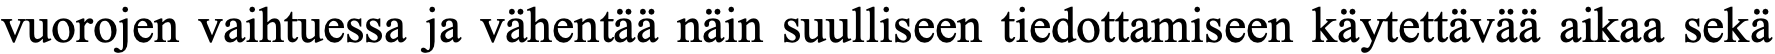
vuorojen vaihtuessa ja vähentää näin suulliseen tiedottamiseen käytettävää aikaa sekä